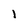
Character: 1